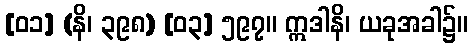
[၀၁] (နိ၊ ၃၉၈) [၀၃] ၅၉၇။ ဣဒါနိ၊ ယခုအခါ၌။